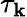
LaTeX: \tau_{\mathbf{k}}